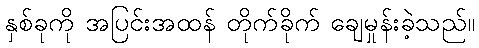
နှစ်ခုကို အပြင်းအထန် တိုက်ခိုက် ချေမှုန်းခဲ့သည်။